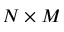
N \times M